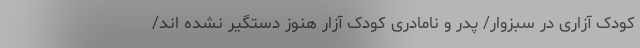
کودک آزاری در سبزوار/ پدر و نامادری کودک آزار هنوز دستگیر نشده اند/